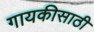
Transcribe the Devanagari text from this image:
गायकीसाठी